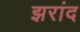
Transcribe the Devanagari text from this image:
झरांद